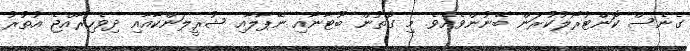
ގެނެސް ކޮންޓުރޯލުކުރަން ބޭނުންވެއެވެ. މި ގޮތުން ބޫޓާނާއި ނޭޕާލާއި ޝުރީލަންކާއާއި ދިވެހިރާއްޖެ އުތުރު